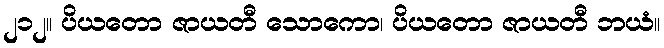
၂၁၂။ ပိယတော ဇာယတီ သောကော၊ ပိယတော ဇာယတီ ဘယံ။